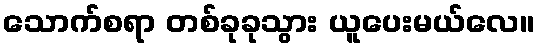
သောက်စရာ တစ်ခုခုသွား ယူပေးမယ်လေ။